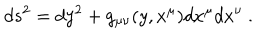
d s ^ { 2 } = d y ^ { 2 } + g _ { \mu \nu } ( y , x ^ { \mu } ) d x ^ { \mu } d x ^ { \nu } \ .